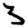
Digit: 3